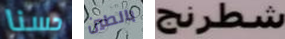
حسنا بالطين شطرنج